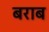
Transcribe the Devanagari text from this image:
बराब